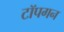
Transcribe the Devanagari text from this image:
टॉपगन